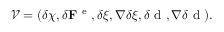
\mathcal { V } = ( \delta \boldsymbol { \chi } , \delta { \bf F } ^ { \mathrm { ~ e ~ } } , \delta \xi , \nabla \delta \xi , \delta \mathrm { ~ d ~ } , \nabla \delta \mathrm { ~ d ~ } ) .